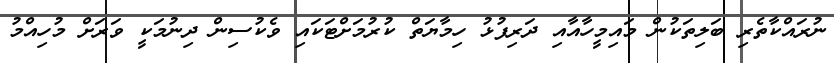
ނުރައްކާތެރި ބަލިތަކުން މައިމީހާއާއި ދަރިފުޅު ހިމާޔަތް ކުރުމަށްޓަކައި ވެކުސިން ދިނުމަކީ ވަރަށް މުހިއްމު